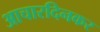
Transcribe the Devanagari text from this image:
आचारदिनकर